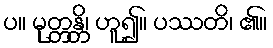
ပ။ မုတ္တန္တိ၊ ဟူ၍။ ပဿတိ၊ ၏။